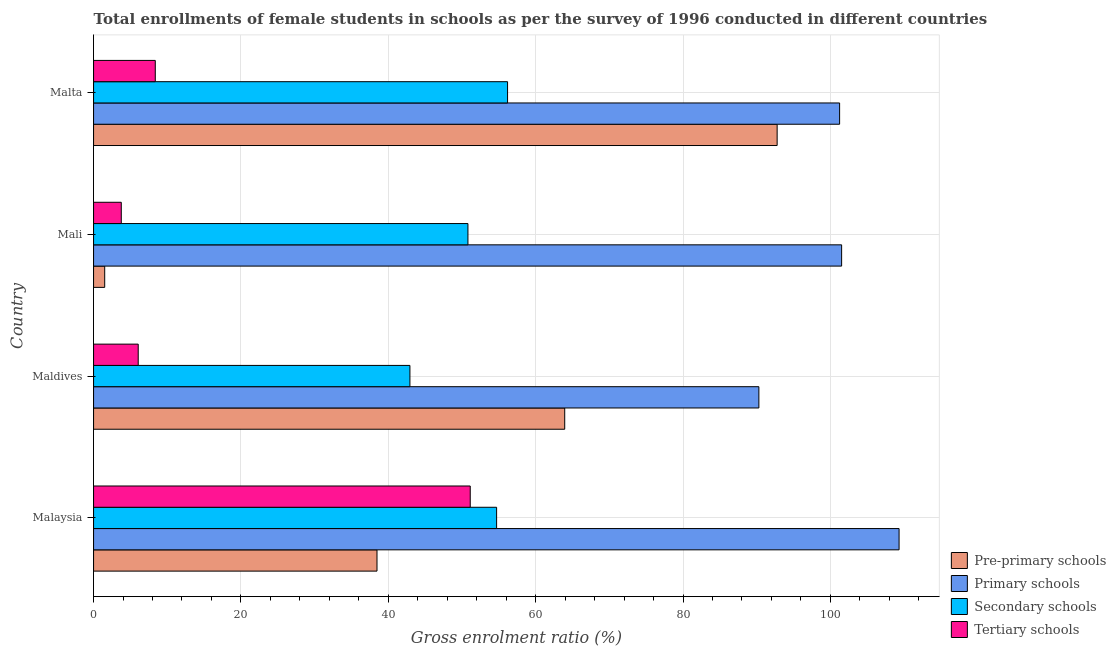
| Country | Pre-primary schools | Primary schools | Secondary schools | Tertiary schools |
 | --- | --- | --- | --- | --- |
 | Malaysia | 38.5 | 109 | 54.7 | 51.1 |
 | Maldives | 63.9 | 90.3 | 42.9 | 6.06 |
 | Mali | 1.51 | 102 | 50.8 | 3.76 |
 | Malta | 92.8 | 101 | 56.2 | 8.38 |